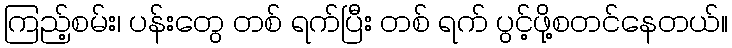
ကြည့်စမ်း၊ ပန်းတွေ တစ် ရက်ပြီး တစ် ရက် ပွင့်ဖို့စတင်နေတယ်။